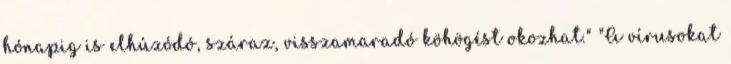
hónapig is elhúzódó, száraz, visszamaradó köhögést okozhat." "A vírusokat